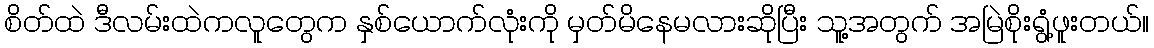
စိတ်ထဲ ဒီလမ်းထဲကလူတွေက နှစ်ယောက်လုံးကို မှတ်မိနေမလားဆိုပြီး သူ့အတွက် အမြဲစိုးရွံ့ဖူးတယ်။